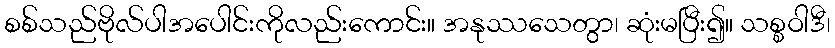
စစ်သည်ဗိုလ်ပါအပေါင်းကိုလည်းကောင်း။ အနုဿသေတွာ၊ ဆုံးမပြီး၍။ သစ္စဝါဒီ၊